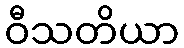
ဝီသတိယာ